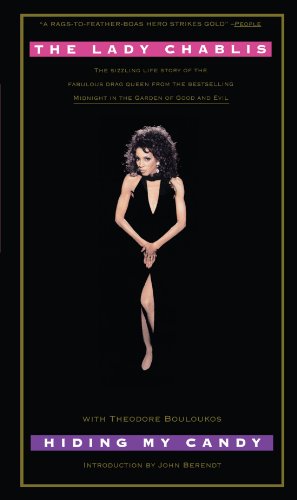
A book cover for Hiding My Candy: The Autobiography of the Grand Empress of Savannah; The Lady Chablis; Gay & Lesbian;